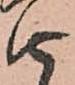
由